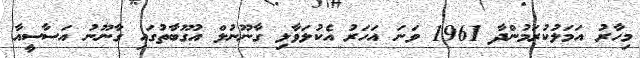
މިހާރު އަމަލުކުރަމުންދާ 1961 ވަނަ އަހަރު އެކުލަވާލި ގާނޫނުލް އުގޫބާތުގައި ގާނޫނު އަސާސީއާ